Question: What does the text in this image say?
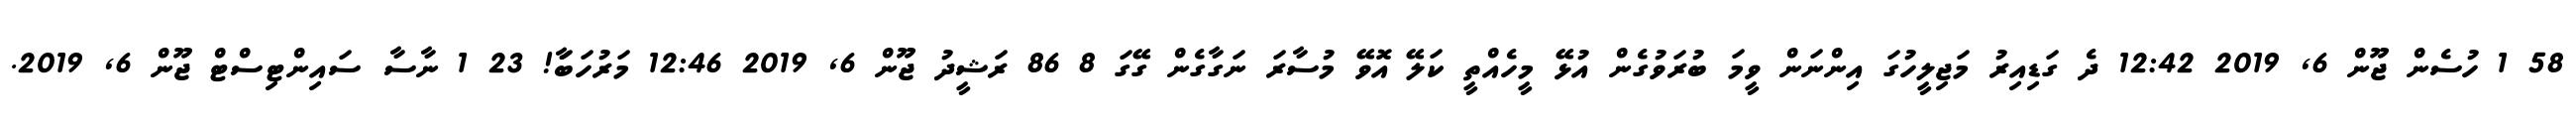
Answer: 58 1 ހުސެން ޖޫން 6, 2019 12:42 ދެ ގަޑިއިރު މަޖިލީހުގަ އިންނަން ވީމަ ބުރަވުގެން އުޅޭ މީހެއްތީ ކަލޭ އޮވޭ މުސާރަ ނަގާގެން ގޭގަ 8 86 ރަޝީދު ޖޫން 6, 2019 12:46 މަރުހަބާަ! 23 1 ނާސާ ސައިންޓިސްޓް ޖޫން 6, 2019.